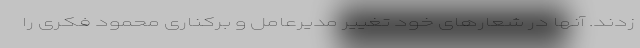
زدند. آنها در شعارهای خود تغییر مدیرعامل و برکناری محمود فکری را